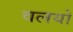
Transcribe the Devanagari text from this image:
वलयो